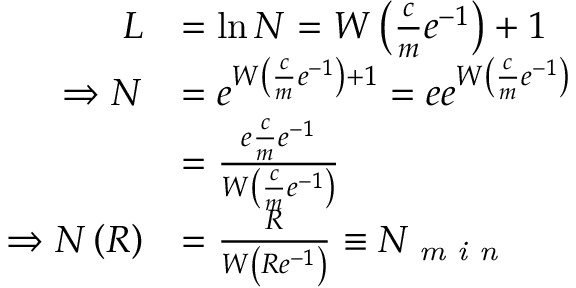
\begin{array} { r l } { L } & { = \ln N = W \left( \frac { c } { m } e ^ { - 1 } \right) + 1 } \\ { \Rightarrow N } & { = e ^ { W \left( \frac { c } { m } e ^ { - 1 } \right) + 1 } = e e ^ { W \left( \frac { c } { m } e ^ { - 1 } \right) } } \\ & { = \frac { e \frac { c } { m } e ^ { - 1 } } { W \left( \frac { c } { m } e ^ { - 1 } \right) } } \\ { \Rightarrow N \left( R \right) } & { = \frac { R } { W \left( R e ^ { - 1 } \right) } \equiv N _ { \mathrm { \textit { m i n } } } } \end{array}